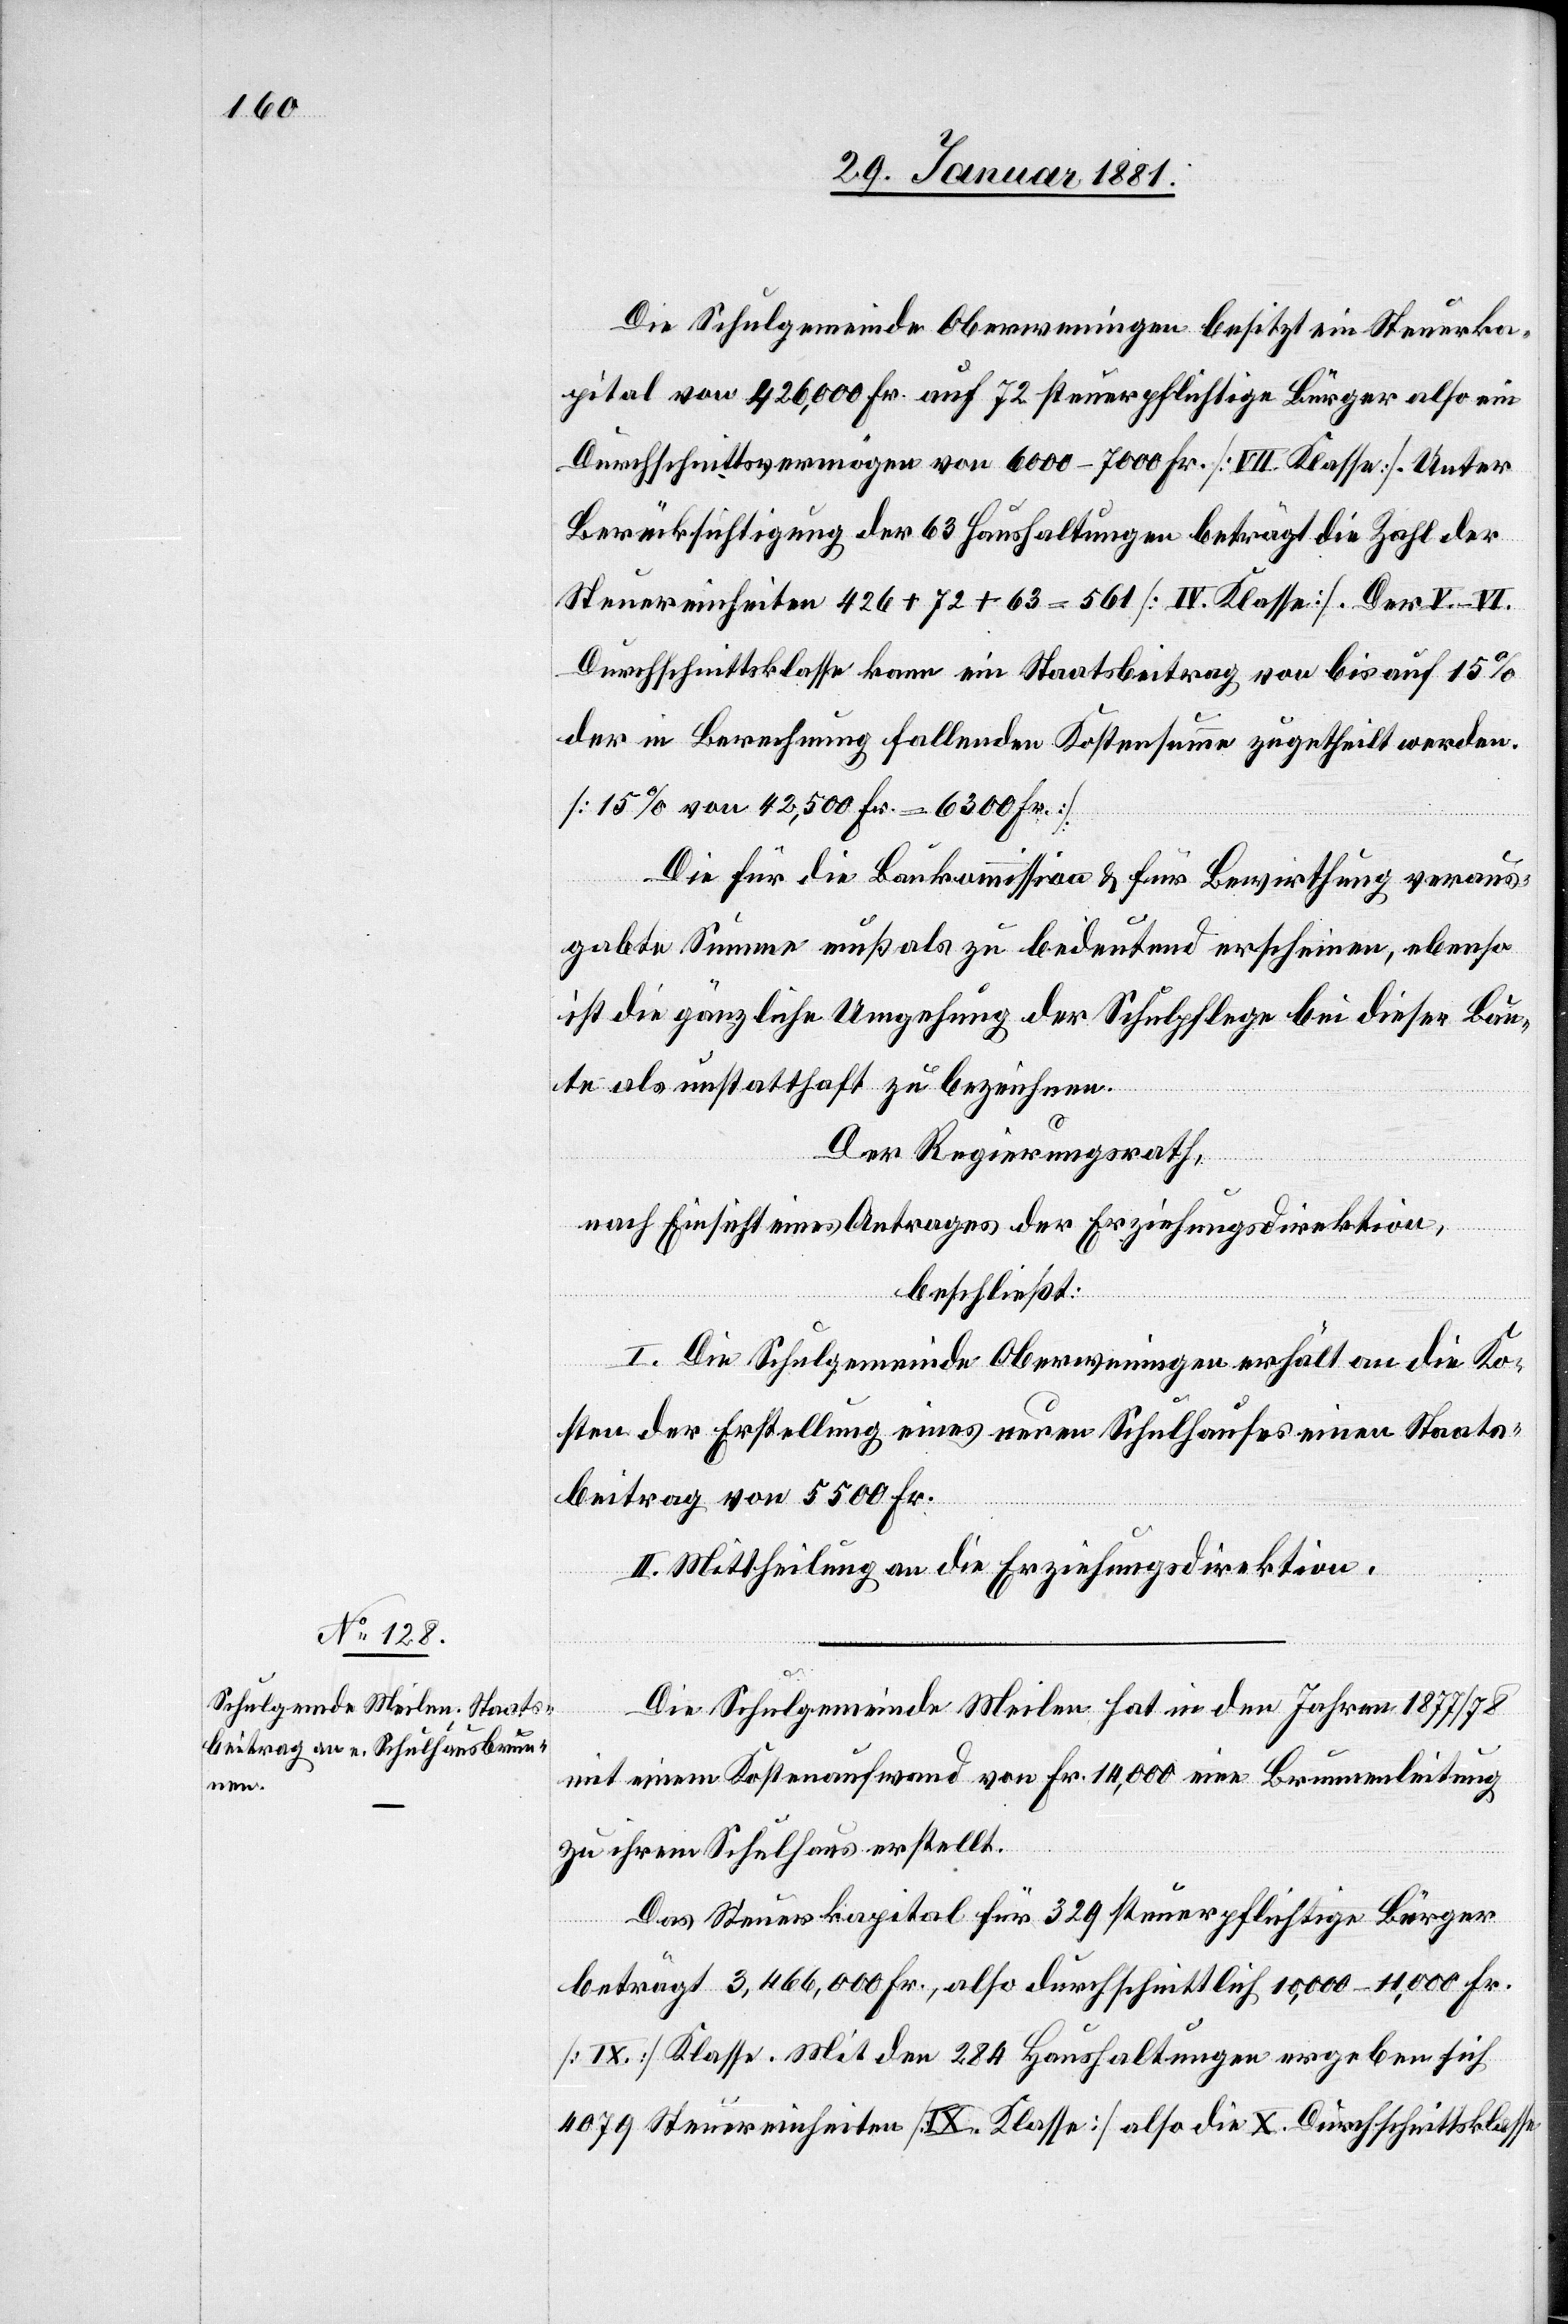
Die Schulgemeinde Oberweningen besitzt ein Steuerka¬
pital von 426,000 Fr. auf 72 steuerpflichtige Bürger also ein
Durchschnittsvermögen von 6000–7000 Fr. [VII. Klasse]. Unter
Berücksichtigung der 63 Haushaltungen beträgt die Zahl der
Steuereinheiten 426 + 72 + 63 = 561 [IV. Klasse]. Der V.–VI.
Durchschnittsklasse kann ein Staatsbeitrag von bis auf 15%
der in Berechnung fallenden Kostensumme zugetheilt werden.
[15% von 42,500 Fr. = 6300 Fr.]
Die für die Baukommission & für Bewirthung voraus¬
gehabte Summe muß als zu bedeutend erscheinen, ebenso
ist die gänzliche Umgehung der Schulpflege bei dieser Bau¬
te als unstatthaft zu bezeichnen.
Der Regierungsrath,
nach Einsicht eines Antrages der Erziehungsdirektion,
beschließt:
I. Die Schulgemeinde Oberwinterthur erhält an die Ko¬
sten der Erstellung eines neuen Schulhauses einen Staats¬
beitrag von 5500 Fr.
II. Mittheilung an die Erziehungsdirektion.
Die Schulgemeinde Meilen hat in den Jahren 1877/78
mit einem Kostenaufwand von Fr. 14,000 eine Brunnenleitung
zu ihrem Schulhaus erstellt.
Das Steuerkapital für 329 steuerpflichtige Bürger
beträgt 3,466,000 Fr., also durchschnittlich 10,000–11,000 Fr.
[IX.] Klasse [sic!]. Mit den 284 Haushaltungen ergeben sich
4079 Steuereinheiten [IX. Klasse] also die X. Durchschnittsklasse